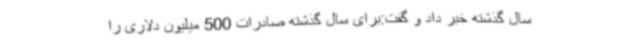
سال گذشته خبر داد و گفت:برای سال گذشته صادرات 500 میلیون دلاری را